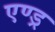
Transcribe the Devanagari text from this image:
एण्ड्र